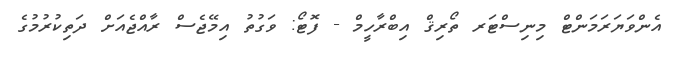
އެންވަޔަރަމަންޓް މިނިސްޓަރ ތޯރިޤް އިބްރާހީމް - ފޮޓޯ: ވަގުތު އިމޭޖެސް ރާއްޖެއަށް ދަތިކުރުމުގެ